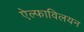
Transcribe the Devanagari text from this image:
ऐल्फाविलयन